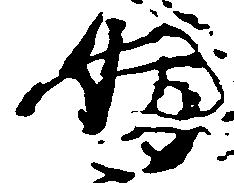
妨